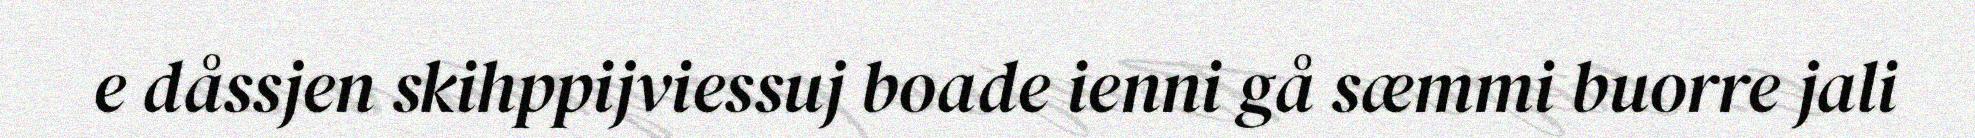
e dåssjen skihppijviessuj boade ienni gå sæmmi buorre jali